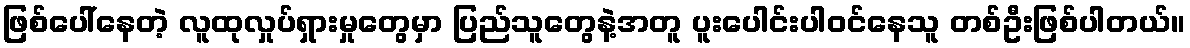
ဖြစ်ပေါ်နေတဲ့ လူထုလှုပ်ရှားမှုတွေမှာ ပြည်သူတွေနဲ့အတူ ပူးပေါင်းပါဝင်နေသူ တစ်ဦးဖြစ်ပါတယ်။